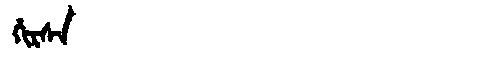
Manchu: ᡥᡳᡵᠰᠠ
Romanization: HIRSA